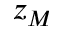
z _ { M }